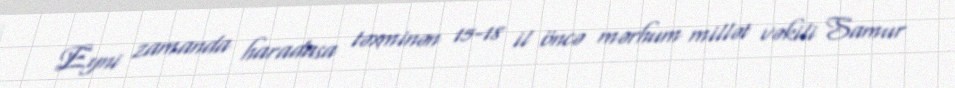
Eyni zamanda haradasa təxminən 15-18 il öncə mərhum millət vəkili Samur